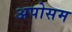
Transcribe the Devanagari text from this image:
अपोसम